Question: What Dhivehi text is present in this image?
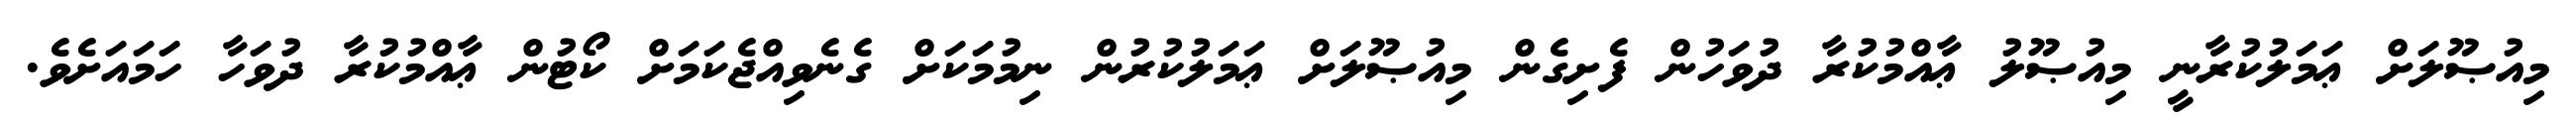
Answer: މިއުޞޫލަށް ޢަމަލުކުރާނީ މިއުޞޫލު ޢާއްމުކުރާ ދުވަހުން ފެށިގެން މިއުޞޫލަށް ޢަމަލުކުރުން ނިމުމަކަށް ގެނެވިއްޖެކަމަށް ކޯޓުން ޢާއްމުކުރާ ދުވަހާ ހަމައަށެވެ.